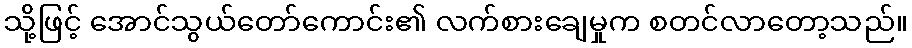
သို့ဖြင့် အောင်သွယ်တော်ကောင်း၏ လက်စားချေမှုက စတင်လာတော့သည်။